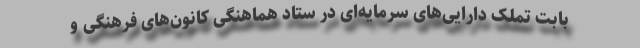
بابت تملک دارایی‌های سرمایه‌ای در ستاد هماهنگی کانون‌های فرهنگی و